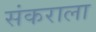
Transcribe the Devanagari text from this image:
संकराला